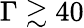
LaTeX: \Gamma\gtrsim 40